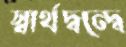
স্বার্থদ্বন্দ্বে